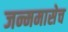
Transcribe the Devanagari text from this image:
जन्ममासेच